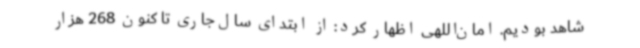
شاهد بودیم. امان‌اللهی اظهار کرد: از ابتدای سال‌جاری تا کنون 268 هزار